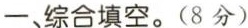
一、综合填空。(8分)